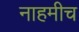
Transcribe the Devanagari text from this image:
नाहमीच